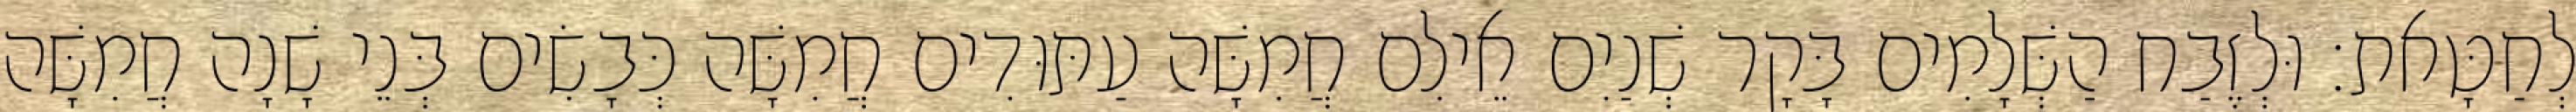
לְחַטָּאת׃ וּלְזֶבַח הַשְּׁלָמִים בָּקָר שְׁנַיִם אֵילִם חֲמִשָּׁה עַתּוּדִים חֲמִשָּׁה כְּבָשִׂים בְּנֵי שָׁנָה חֲמִשָּׁה